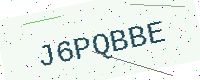
Text: J6PQBBE